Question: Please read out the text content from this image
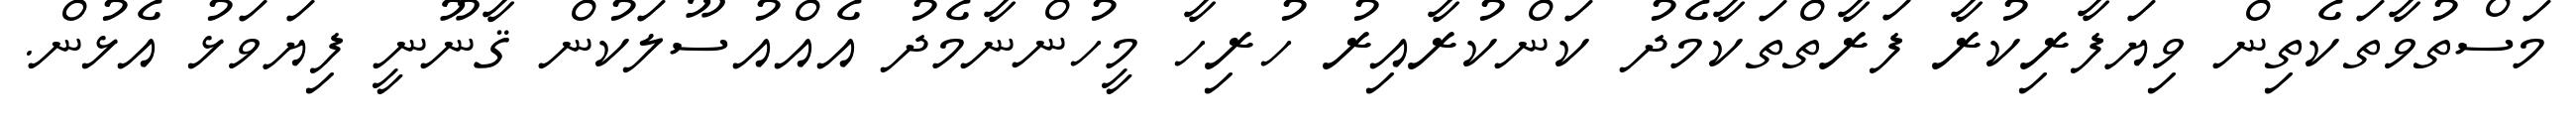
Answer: މަސްތުވާތަކެތިން ވިޔަފާރިކުރާ ފަރާތްތަކާމެދު ކަންކުރާއިރު ހުރިހާ މީހުންނާމެދު އެއްއުސޫލަކުން ޤާނޫނީ ފިޔަވަޅު އެޅުން.